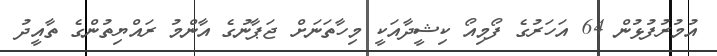
އުމުރުފުޅުން 64 އަހަރުގެ ފޯމިއޯ ކިޝީދާއަކީ މިހާތަނަށް ޖަޕާނުގެ އާންމު ރައްޔިތުންގެ ތާއީދު